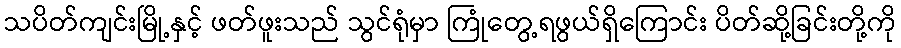
သပိတ်ကျင်းမြို့နှင့် ဖတ်ဖူးသည် သွင်ရုံမှာ ကြုံတွေ့ရဖွယ်ရှိကြောင်း ပိတ်ဆို့ခြင်းတို့ကို